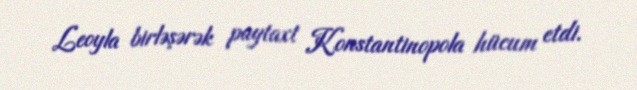
Leoyla birləşərək paytaxt Konstantinopola hücum etdi.